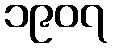
၁၉၀၇